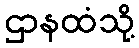
ဌာနထံသို့